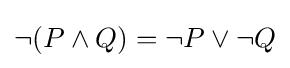
\neg {(P\wedge Q)}=\neg {P}\vee \neg {Q}